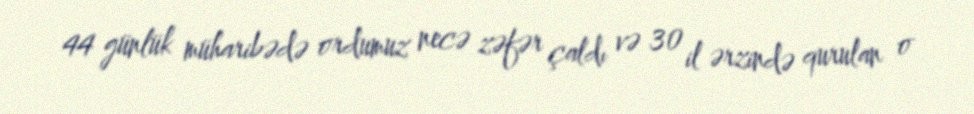
44 günlük müharibədə ordumuz necə zəfər çaldı və 30 il ərzində qurulan o